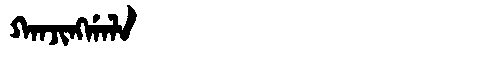
Manchu: ᡴᠠᠨᠵᡳᠩᡤᠠᠯᠠ
Romanization: KANJINGGALA